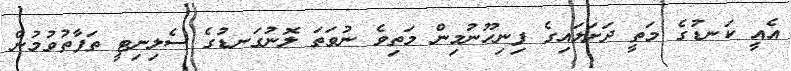
އެއީ ކަނޑުގެ މަތީ ދަށަލައިގެ ފިނިހޫނުމިން މަތިވެ ނުވަތަ ލޮނުގަނޑުގެ ސެލިނިޓީ ތަފާތުވުމުން